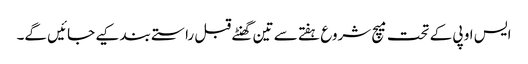
ایس او پی کے تحت میچ شروع ہفتے سے تین گھنٹے قبل راستے بند کیے جائیں گے۔